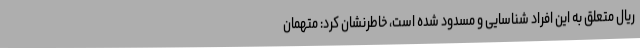
ریال متعلق به این افراد شناسایی و مسدود شده است، خاطرنشان کرد: متهمان